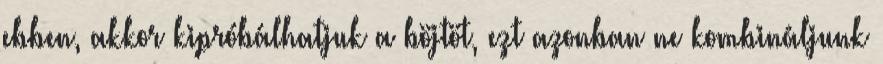
ebben, akkor kipróbálhatjuk a böjtöt, ezt azonban ne kombináljunk